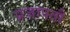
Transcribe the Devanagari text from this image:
प्रजापतौ